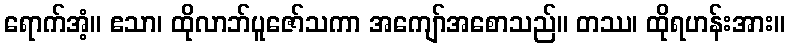
ရောက်အံ့။ ဧသာ၊ ထိုလာဘ်ပူဇော်သကာ အကျော်အစောသည်။ တဿ၊ ထိုရဟန်းအား။